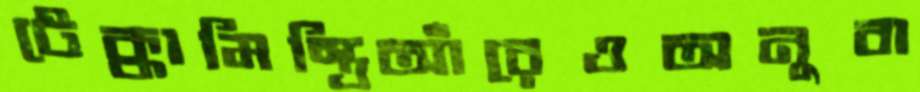
টেক্কামিস্ত্রিআঁরেওঅনুবা